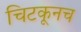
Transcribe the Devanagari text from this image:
चिटकूनच